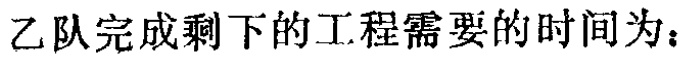
乙队完成剩下的工程需要的时间为：